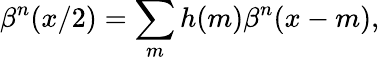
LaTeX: \beta^{n}(x/2)=\sum_{m}h(m)\beta^{n}(x-m),